Calcutta medical institutions reports 1879-81 [i.e.91]
Year: 1879
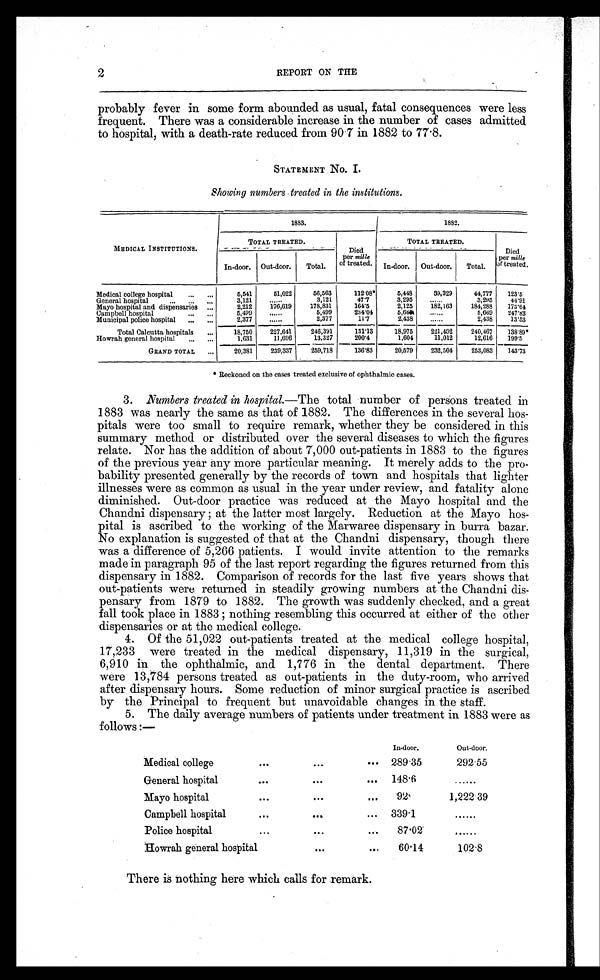
2
REPORT ON THE
probably fever in some form abounded as usual, fatal consequences were less
frequent. There was a considerable increase in the number of cases admitted
to hospital. with a death-rate reduced from 90.7 in 1882 to 77.8.
STATEMENT No. I.
Showing numbers treated in the institutions.
MEDICAL INSTITUTIONS.
1883.
1882.
TOTAL TREATED.
Died
per mille
of treated.
TOTAL TREATED.
Died
per mille
of treated.
In-door. Out-door.
Total.
In-door. Out-door. Total.
Medical college hospital
... ...
5,541
51,022
56,563
1 1 2 . 0 8 *
5,448
39,329
44,777
123. 5
...
General hospital...
3 , 1 2 1
. . . . . .
3,121
47.7
3,295
. . . . . . . .
3,295
44.91
Mayo hospital and dispensaries ...
2,212
176,619
178,831
164.5
2,125
182,163
184,288
173.64
Campbell hospital
... ...
5,499
......
5,499
234.04
5 , 6 6 9 ......
5,669
247.83
Municipal police hospital ... ...
2,377
......
2,377
1 1 . 7
2,438
......
2,438
13.53
Total Calcutta hospitals ...
18,750
-
227,641
246,391
131.13
18,975
-
221,492
240,467
1 3 8 . 8 9 *
Howrah general hospital ... ...
1,631
11,696
13,327
200.4
1,604
11,012
12,616
1 9 9 . 5
GRAND TOTAL ...
20,381
239,337
259,718
136.83 -20,579
232,504
253,083
143.73
* Reckoned on the cases treated exclusive of ophthalmic cases.
3. Numbers treated in hospital. ― The total number of persons treated in
1883 was nearly the same as that of 1882. The differences in the several hos-
pitals were too small to require remark, whether they be considered in this
summary method or distributed over the several diseases to which the figures
relate. Nor has the addition of about 7,000 out-patients in 1883 to the figures
of the previous year any more particular meaning. It merely adds to the pro-
bability presented generally by the records of town and hospitals that lighter
illnesses were as common as usual in the year under review, and fatality alone
diminished. Out-door practice was reduced at the Mayo hospital and the
Chandni dispensary ; at the latter most largely. Reduction at the Mayo hos-
pital is ascribed to the working of the Marwaree dispensary in burra bazar.
No explanation is suggested of that at the Chandni dispensary, though there
was a difference of 5,266 patients. I would invite attention to the remarks
made in paragraph 95 of the last report regarding the figures returned from this
dispensary in 1882. Comparison of records for the last five years shows that
out-patients were returned in steadily growing numbers at the Chandni dis-
pensary from 1879 to 1882. The growth was suddenly checked, and a great
fall took place in 1883 ; nothing resembling this occurred at either of the other
dispensaries or at the medical college.
4. Of the 51,022 out-patients treated at the medical college hospital,
17,233 were treated in the medical dispensary, 11,319 in the surgical,
6,910 in the ophthalmic, and 1,776 in the dental department. There
were 13,784 persons treated as out-patients in the duty-room, who arrived
after dispensary hours. Some reduction of minor surgical practice is ascribed
by the Principal to frequent but unavoidable changes in the staff.
5. The daily average numbers of patients under treatment in 1883 were as
follows :—
In-door.
Out-door.
Medical college
...
. . .
. . .
289.35
2 9 2 . 5 5
General hospital
...
. . .
...
148.6
......
Mayo hospital
...
. . .
...
92
1,222.39
Campbell hospital
...
. . .
...
339.1
......
Police hospital
...
. . .
. . . 87.02
. . . . . .
Howrah general hospital
. . .
. . .
60.14
1 0 2 . 8
There is nothing here which calls for remark.